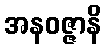
အနဝဇ္ဇာနိ